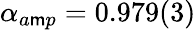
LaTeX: \alpha_{a\mathsf{m}p}=0.979(3)